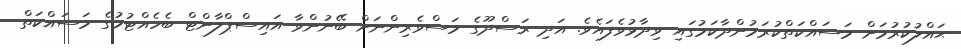
ޙައްލުކުރުމަށް މަސައްކަތްކުރަމުންދާކަމުގައި ވިދާޅުވެފައެވެ. އަދި ރަސްދޫގެ މަސްވެރިންނަށް ބޭނުންވާ އައިސްޕްލާންޓް ބެހެއްޓުމުގެ މަސައްކަތް